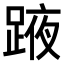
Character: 𨂒